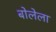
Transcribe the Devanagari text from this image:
बोलेला